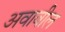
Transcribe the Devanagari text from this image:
अवावील